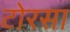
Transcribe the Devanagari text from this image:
टोरसा